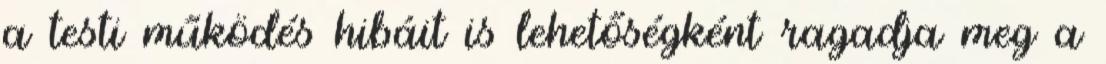
a testi működés hibáit is lehetőségként ragadja meg a